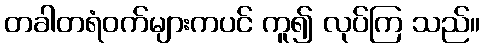
တခါတရံဝက်များကပင် ကူ၍ လုပ်ကြ သည်။